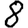
Digit: 8